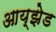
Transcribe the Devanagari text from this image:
आय्झेड